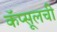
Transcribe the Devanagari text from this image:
कॅप्सूलची